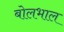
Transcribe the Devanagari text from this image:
बोलभाल